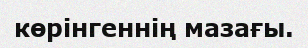
көрінгеннің мазағы.